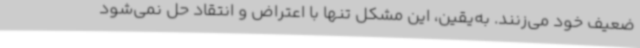
ضعیف خود می‌زنند. به‌یقین، این مشکل تنها با اعتراض و انتقاد حل نمی‌شود